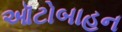
ઑટોબાહન